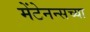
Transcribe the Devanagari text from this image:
मेंटेनन्सच्या